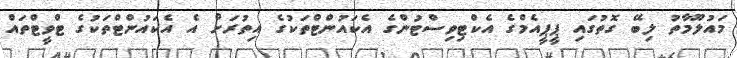
މައުލޫމާތު ލިބޭ ގޮތުގައި ޕީޕީއެމްގެ އެކްޓިވިސްޓުންގެ އެކައުންޓްތަކުގެ އިތުރަށް އެ އެކައުންޓްތަކުގެ ޓްވީޓްތައް